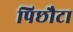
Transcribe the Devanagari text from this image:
पिछौटा